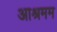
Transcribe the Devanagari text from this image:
आश्रमम